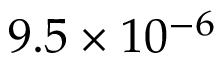
9 . 5 \times 1 0 ^ { - 6 }